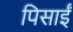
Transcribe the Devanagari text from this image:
पिसाईं